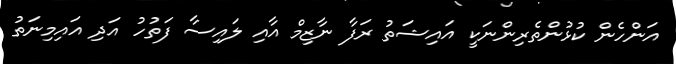
އަންހެން ކުޅުންތެރިންނަކީ އައިޝަތު ރަފާ ނާޒިމް އާއި ލައިސާ ފަތުހު އަދި އައިމިނަތު